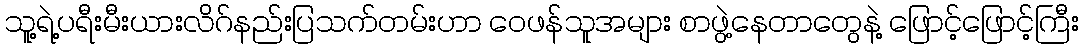
သူ့ရဲ့ပရီးမီးယားလိဂ်နည်းပြသက်တမ်းဟာ ဝေဖန်သူအများ စာဖွဲ့နေတာတွေနဲ့ ဖြောင့်ဖြောင့်ကြီး